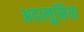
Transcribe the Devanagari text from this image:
अदालूसिया